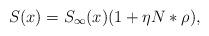
LaTeX: \begin{align*} S (x) = S_\infty (x) (1+ \eta N * \rho ),\end{align*}